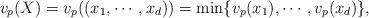
LaTeX: \begin{align*} v_p(X)=v_p((x_1, \cdots, x_d))=\min \{v_p(x_1), \cdots, v_p(x_d)\}, \end{align*}